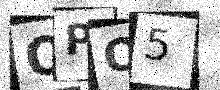
Text: QPO5